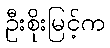
ဦးစိုးမြင့်က